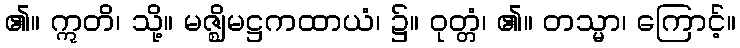
၏။ ဣတိ၊ သို့။ မဇ္ဈိမဋ္ဌကထာယံ၊ ၌။ ဝုတ္တံ၊ ၏။ တသ္မာ၊ ကြောင့်။